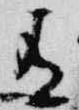
有